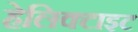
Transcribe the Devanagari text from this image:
हेलिक्टाइट